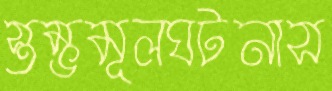
স্তম্ভমূলঘটনাস